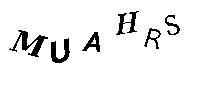
MUAHRS